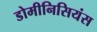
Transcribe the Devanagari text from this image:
डोमीनिसियंस